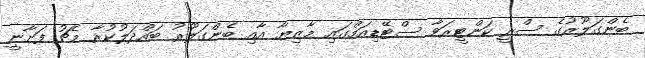
ބެންގަލޫރުގެ ސްރީ ކަންޓީރަވާ ސްޓޭޑިއަމްގައި މާޒިޔާ އާއި ބެންގަލޫރު ބައްދަލުކުރާ މެޗު ފަށާނީ